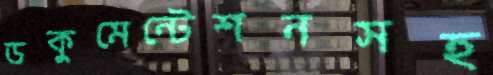
ডকুমেন্টেশনসহ